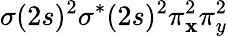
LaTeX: \sigma(2s)^{2}\sigma^{*}(2s)^{2}\pi_{\mathbf{x}}^{2}\pi_{y}^{2}